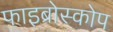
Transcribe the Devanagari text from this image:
फाइब्रोस्कोप